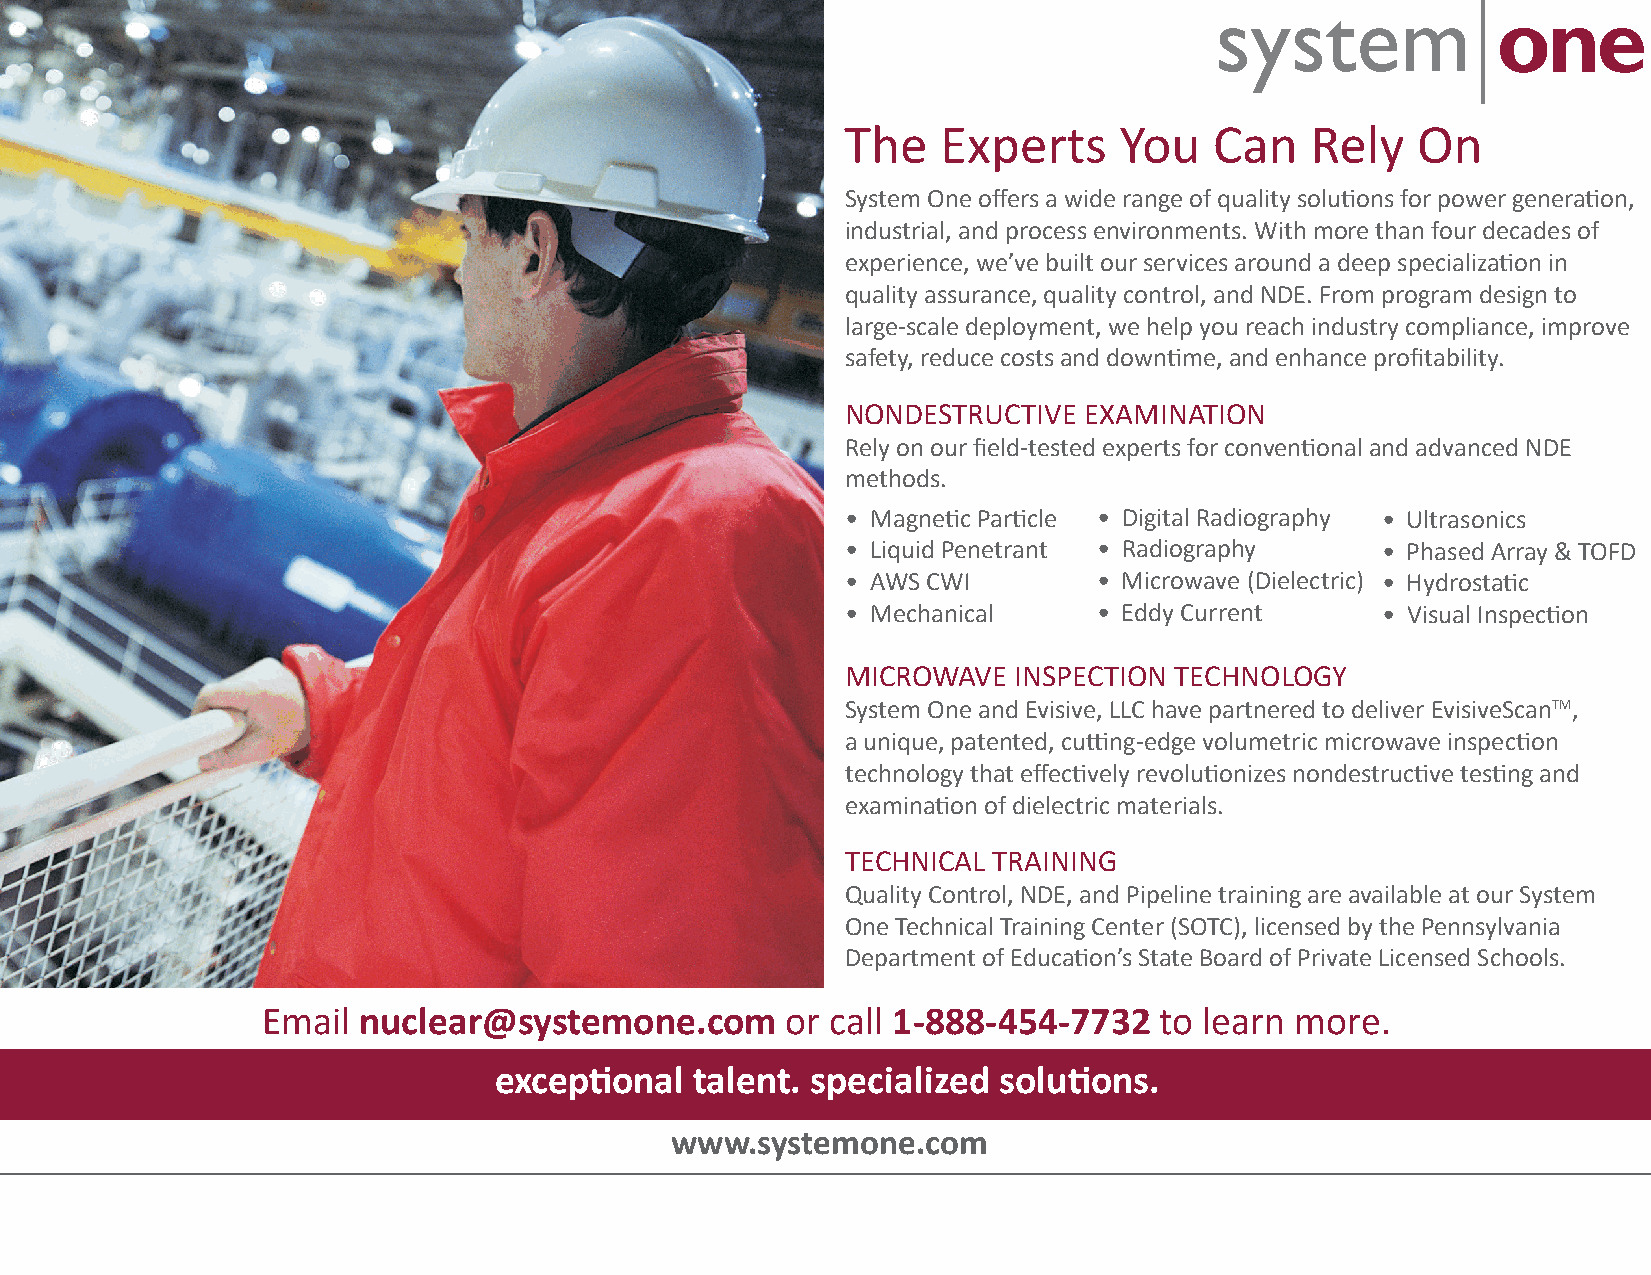
The   Experts     You   Can    Rely   On
 System One offers a wide range of quality solu�ons for power genera�on,
 industrial, and process environments. With more than four decades of
 experience, we’ve built our services around a deep specializa�on in
 quality assurance, quality control, and NDE. From program design to
 large-scale deployment, we help you reach industry compliance, improve
 safety, reduce costs and down�me, and enhance profitability.
 NONDESTRUCTIVE  EXAMINATION
 Rely on our field-tested experts for conven�onal and advanced NDE
 methods.
 • Magne�c Par�cle • Digital Radiography • Ultrasonics
 • Liquid Penetrant • Radiography   • Phased Array & TOFD
 • AWS CWI        • Microwave (Dielectric) • Hydrosta�c
 • Mechanical     • Eddy Current    • Visual Inspec�on
 MICROWAVE  INSPECTION TECHNOLOGY
 System One and Evisive, LLC have partnered to deliver EvisiveScanTM,
 a unique, patented, cu�ng-edge volumetric microwave inspec�on
 technology that effec�vely revolu�onizes nondestruc�ve tes�ng and
 examina�on of dielectric materials.
 TECHNICAL TRAINING
 Quality Control, NDE, and Pipeline training are available at our System
 One Technical Training Center (SOTC), licensed by the Pennsylvania
 Department of Educa�on’s State Board of Private Licensed Schools.
 Email  nuclear@systemone.com       or call 1-888-454-7732   to learn more.
 excep�onal   talent. specialized solu�ons.
 www.systemone.com